Report of the Indian Hemp Drugs Commission, 1894-1895 - Volume V
Year: 1894
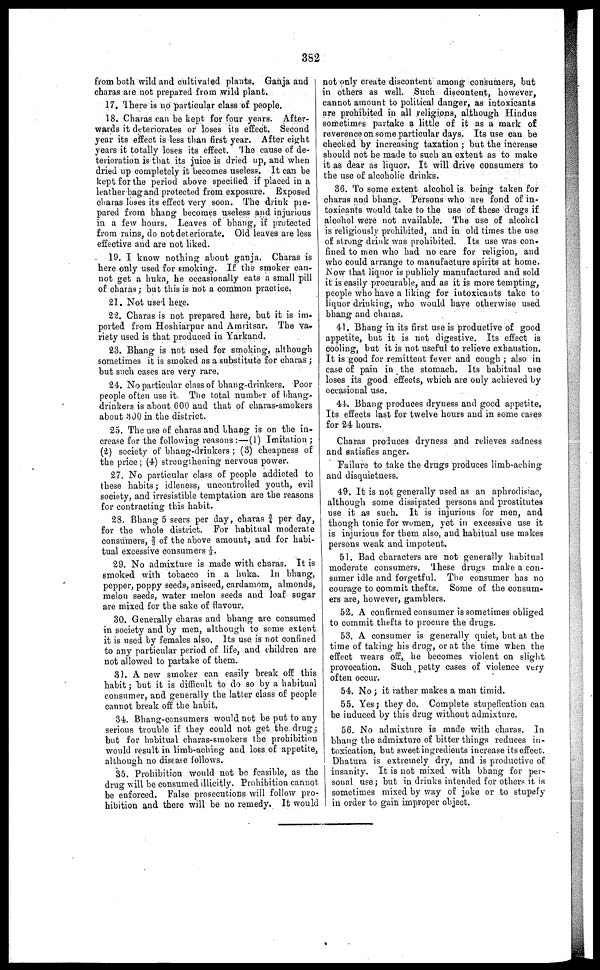
352
from both wild and cultivated plants. Ganja and
charas are not prepared from wild plant.
17. There is no particular class of people.
18. Charas can be kept for four years. After-
wards it deteriorates or loses its effect. Second
year its effect is less than first year. After eight
years it totally loses its effect. The cause of de-
terioration is that its juice is dried up, and when
dried up completely it becomes useless. It can be
kept for the period above specified if placed in a
leather bag and protected from exposure. Exposed
charas loses its effect very soon. The drink pre-
pared from bhang becomes useless and injurious
in a few hours. Leaves of bhang, if protected
from rains, do not deteriorate. Old leaves are less
effective and are not liked.
19. I know nothing about ganja. Charas is
here ouly used for smoking. If the smoker can-
not get a huka, he occasionally eats a small pill
of charas; but this is not a common practice.
21. Not used here.
22. Charas is not prepared here, but it is im-
ported from Hoshiarpur and Amritsar. The va-
riety used is that produced in Yarkand.
23. Bhang is not used for smoking, although
sometimes it is smoked as a substitute for charas
but such cases are very rare.
24. No particular class of bhang-drinkers. Poor
people often use it. The total number of bhang-
drinkers is about 600 and that of charas-smokers
about 300 in the district.
25. The use of charas and bhang is on the in-
crease for the following reasons:—(1) Imitation
(2) society of bhang-drinkers; (3) cheapness of
the price; (4) strengthening nervous power.
27. No particular class of people addicted to
these habits; idleness, uncontrolled youth, evil
society, and irresistible temptation are the reasons
for contracting this habit.
23. Bhang 5 seers per day, charas -J per day,
for the whole district. For habitual moderate
consumers, § of the above amount, and for habi-
tual excessive consumers 1/3.
29. No admixture is made with charas. It is
smoked with tobacco in a buka. In bhang,
pepper, poppy seeds, aniseed, cardamom, almonds,
melon seeds, water melon seeds and loaf sugar
are mixed for the sake of flavour.
30. Generally charas and bhang are consumed
in society and by men, although to some extent
it is used by females also. Its use is not confined
to any particular period of life, and children are
not allowed to partake of them.
31. A new smoker can easily break off this
habit; but it is difficult to do so by a habitual
consumer, and generally the latter class of people
cannot break off the habit.
34. Bhang-consumers would not be put to any
serious trouble if they could not get the drug;
but for habitual charas-smokers the prohibition
would result in limb-aching and loss of appetite,
although no disease follows.
35. Prohibition would not be feasible, as the
drug will be consumed illicitly. Prohibition cannot
be enforced. False prosecutions will follow pro-
hibition and there will be no remedy. It would
not only create discontent among consumers, but
in others as well. Such discontent, however,
cannot amount to political danger, as intoxicants
are prohibited in all religions, although Hindus
sometimes partake a little of it as a mark of
reverence on some particular days. Its use can be
checked by increasing taxation; but the increase
should not be made to such an extent as to make
it as dear as liquor. It will drive consumers to
the use of alcoholic drinks.
36. To some extent alcohol is being taken for
charas and bhang. Persons who are fond of in-
toxicants would take to the use of these drugs if
alcohol were not available. The use of alcohol
is religiously prohibited, and in old times the use
of strong drink was prohibited. Its use was con-
fined to men who had no care for religion, and
who could arrange to manufacture spirits at home.
Now that liquor is publicly manufactured and sold
it is easily procurable, and as it is more tempting,
people who have a liking for intoxicants take to
liquor drinking, who would have otherwise used
bhang and charas.
41. Bhang in its first use is productive of good
appetite, but it is not digestive. Its effect is
cooling, but it is not useful to relieve exhaustion.
It is good for remittent fever and cough; also in
case of pain in the stomach. Its habitual use
loses its good effects, which are only achieved by
occasional use.
44. Bhang produces dryness and good appetite.
Its effects last for twelve hours and in some cases
for 24 hours.
Charas produces dryness and relieves sadness
and satisfies anger.
Failure to take the drugs produces limb-aching
and disquietness.
49. It is not generally used as an aphrodisiae,
although some dissipated persons and prostitutes
use it as such. It is injurious for men, and
though tonic for women, yet in excessive use it
is injurious for them also, and habitual use makes
persons weak and impotent.
51. Bad characters are not generally habitual
moderate consumers. These drugs make a con-
sumer idle and forgetful. The consumer has no
courage to commit thefts. Some of the consum-
ers are, however, gamblers.
52. A confirmed consumer is sometimes obliged
to commit thefts to procure the drugs.
53. A consumer is generally quiet, but at the
time of taking his drug, or at the time when the
effect wears off, he becomes violent on slight
provocation. Such petty cases of violence very
often occur.
54. No; it rather makes a man timid.
55. Yes; they do. Complete stupefication can
be induced by this drug without admixture.
56. No admixture is made with charas. In
bhang the admixture of bitter things reduces in-
toxication, but sweet ingredients increase its effect.
Dhatura is extremely dry, and is productive of
insanity. It is not mixed with bhang for per-
soual use; but in drinks intended for others it is
sometimes mixed by way of joke or to stupefy
in order to gain improper object.